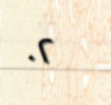
٠٢